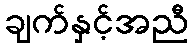
ချက်နှင့်အညီ